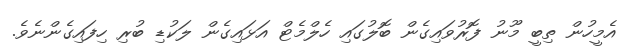
އެމީހުން ތިބީ މޫނު ފޮރުވައިގެން ބޮލުގައި ހެލްމެޓް އަޅައިގެން ލަކުޑި ބުރި ހިފައިގެންނެވެ.